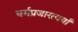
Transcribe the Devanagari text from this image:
धर्मप्रजारत्यर्थां